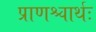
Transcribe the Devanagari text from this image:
प्राणश्चार्थः